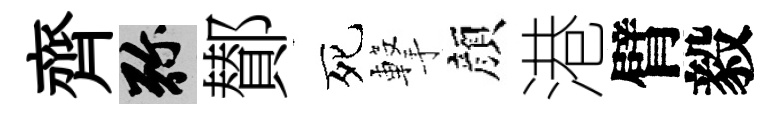
齊弥鄼死撃顔港臂毅